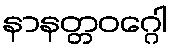
နာနတ္တဝဂ္ဂေါ